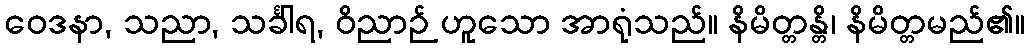
ဝေဒနာ, သညာ, သင်္ခါရ, ဝိညာဉ် ဟူသော အာရုံသည်။ နိမိတ္တန္တိ၊ နိမိတ္တမည်၏။